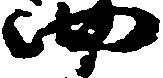
四